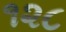
૧૨૮